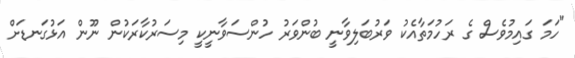
"ހަމަ ގައިމުވެސް ގެ ރަހުމަތާއެކު ވަރުބަލިވާނީ ބުންވަރު ހުންސަވާނީކީ މިސަރުކާރަކުން ނޫން އަޅުގަނޑަށް